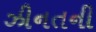
ઝીનતની